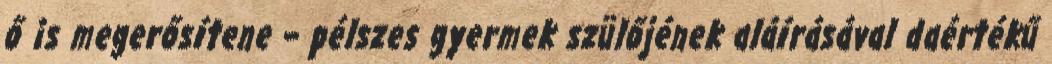
ő is megerősítene – pélszes gyermek szülőjének aláírásával daértékű